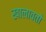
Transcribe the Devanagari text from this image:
खालावतो